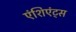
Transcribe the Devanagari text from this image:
एंशिएंट्स